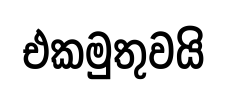
එකමුතුවයි